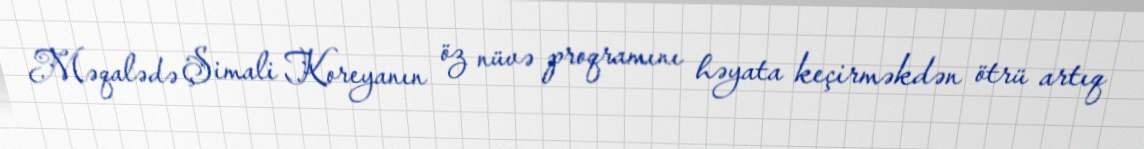
Məqalədə Şimali Koreyanın öz nüvə proqramını həyata keçirməkdən ötrü artıq